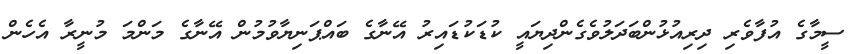
ސީމާގެ އުފާވެރި ދިރިއުޅުންބަދަލުވެގެންދިޔައީ ކުޑަކުޑައިރު އޭނާގެ ބައްޕަނިޔާވުމުން އޭނާގެ މަންމަ މުނީރާ އެހެން